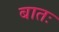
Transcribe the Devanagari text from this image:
बातः